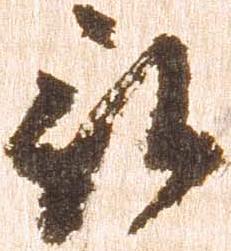
被